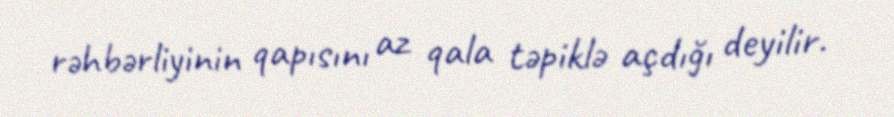
rəhbərliyinin qapısını az qala təpiklə açdığı deyilir.